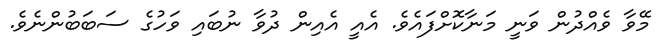
މޭވާ ވެއްދުން ވަނީ މަނާކޮށްފައެވެ. އެއީ އެއިން ދުވާ ނުބައި ވަހުގެ ސަބަބުންނެވެ.